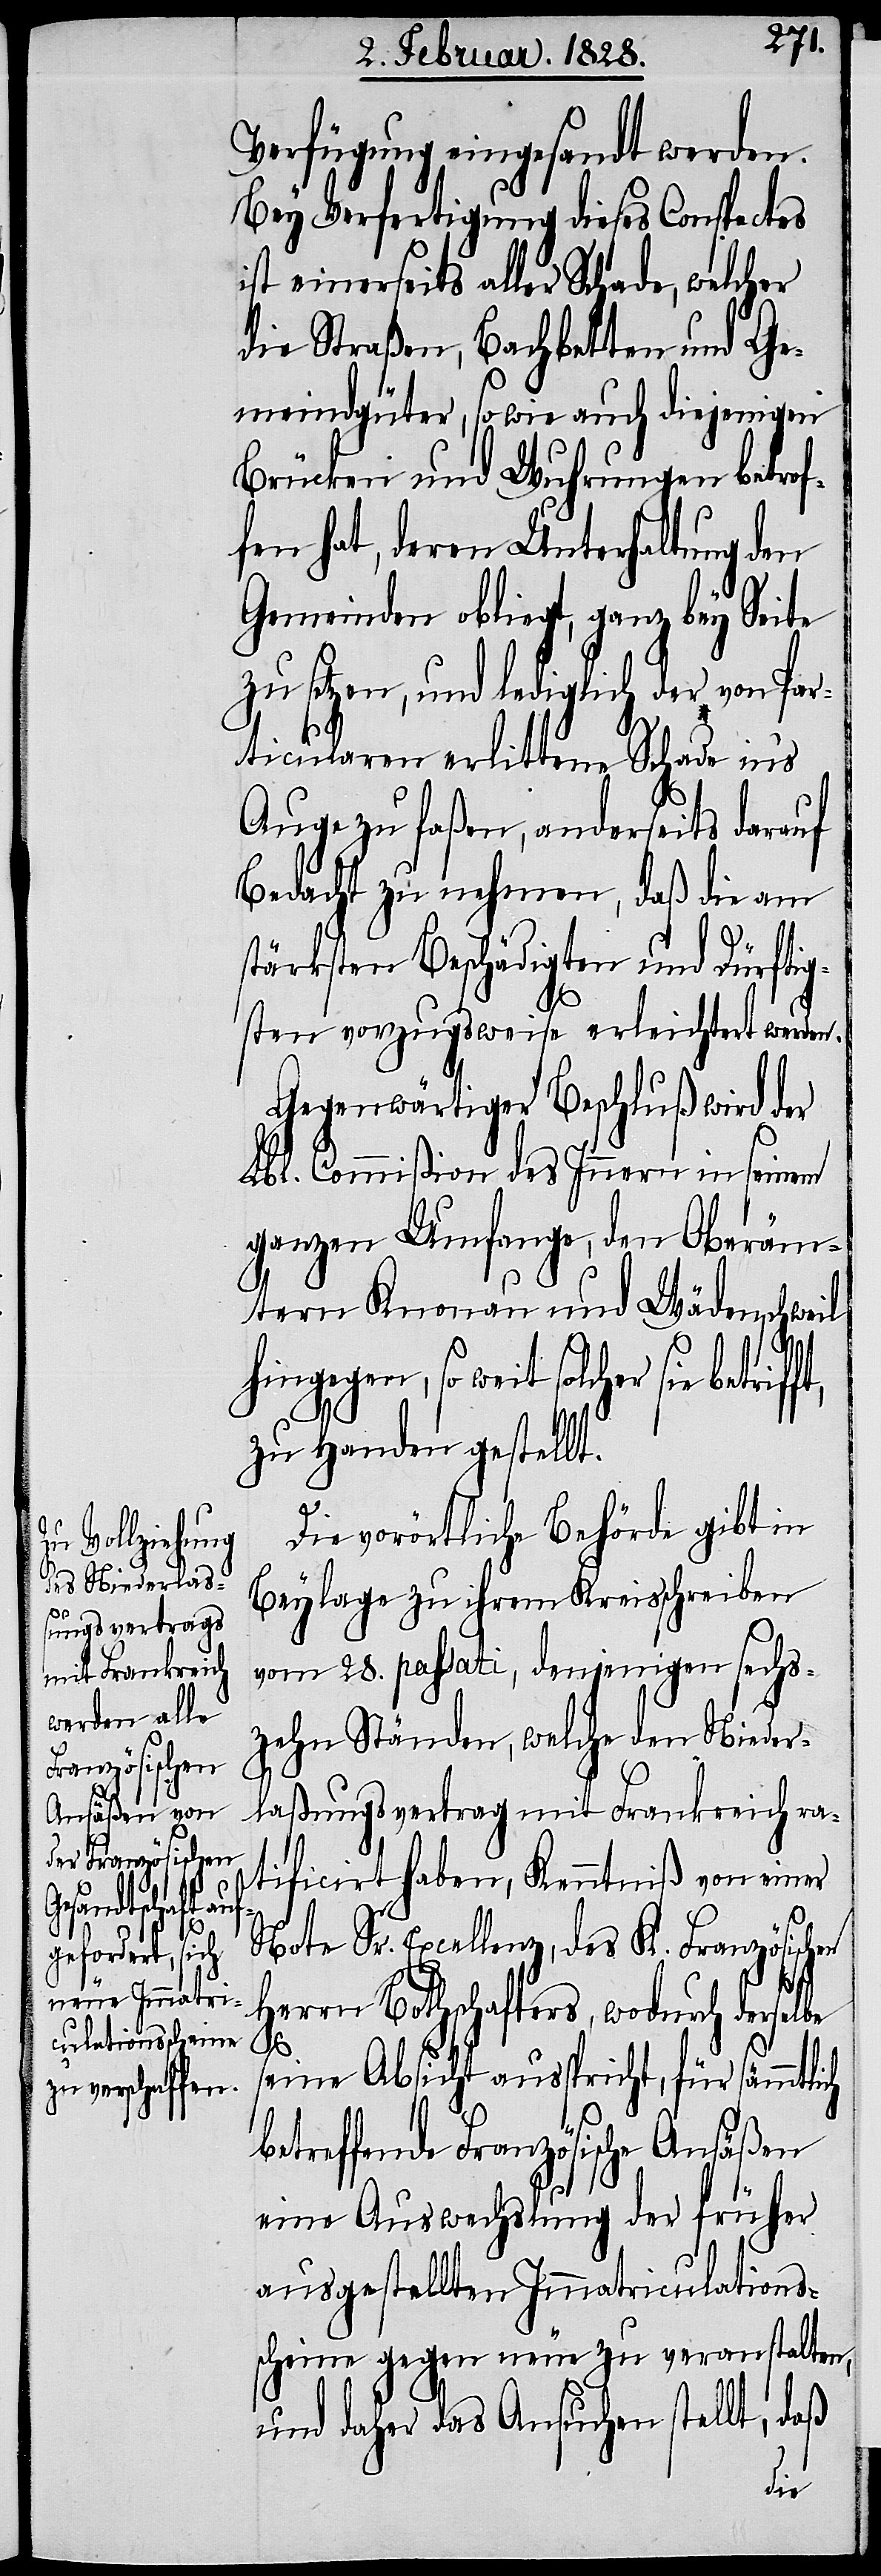
betrifft,

Verfügung eingesandt werden.
Bey Verfertigung dieses Conspectes
ist einerseits aller Schade, welcher
die Straßen, Bachbetten und Ge¬
meindgüter, so wie auch diejenigen
Brücken und Wuhrungen betrof¬
fen hat, deren Unterhaltung den
Gemeinden obliegt, ganz bey Seite
zu setzen, und lediglich der von Par¬
ticularen erlittene Schade in‘s
Auge zu faßen, anderseits darauf
Bedacht zu nehmen, daß die am
stärksten Beschädigten und Dürftig¬
sten vorzugsweise erleichtert werden.
Gegenwärtiger Beschluß wird der
Lbl. Commißion des Innern in seinem
ganzen Umfange, den Oberäm¬
tern Knonau und Wädenschweil
hingegen, so weit solcher sie
zu Handen gestellt.